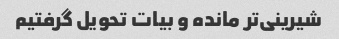
شیرینی‌تر مانده و بیات تحویل گرفتیم